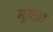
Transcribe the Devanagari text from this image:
मुथ़न्ना